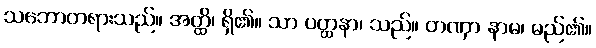
သဘောတရားသည်။ အတ္ထိ၊ ရှိ၏။ သာ ပတ္ထနာ၊ သည်။ တဏှာ နာမ၊ မည်၏။